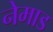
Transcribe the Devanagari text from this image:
नेमाड